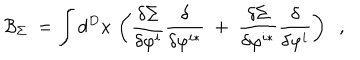
\mathcal { B } _ { \Sigma } \; = \int d ^ { D } x \, \left( \frac { \delta \Sigma } { \delta \varphi ^ { i } } \frac \delta { \delta \varphi ^ { i * } } \; + \; \frac { \delta \Sigma } { \delta \varphi ^ { i * } } \frac \delta { \delta \varphi ^ { i } } \right) \; \; ,